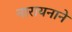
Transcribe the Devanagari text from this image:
नारायनाने